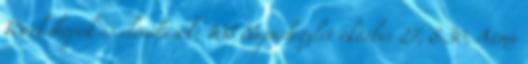
Workshopok és előadások: 108 Napüdvözlet október 27, 8:30, Atma